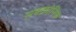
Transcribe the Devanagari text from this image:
सबक्रोनिक